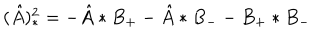
( \hat { A } ) _ { * } ^ { 2 } = - \hat { A } * B _ { + } - \hat { A } * B _ { - } - B _ { + } * B _ { - }